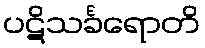
ပဋိသင်္ခရောတိ